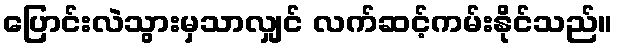
ပြောင်းလဲသွားမှသာလျှင် လက်ဆင့်ကမ်းနိုင်သည်။